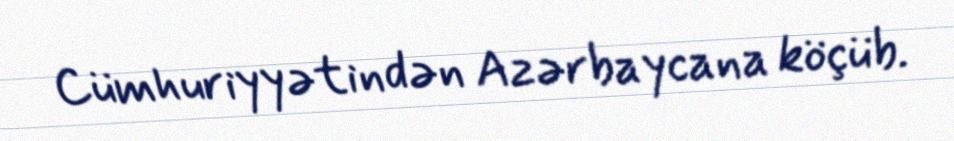
Cümhuriyyətindən Azərbaycana köçüb.